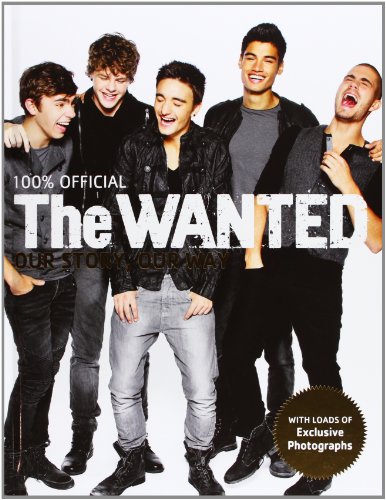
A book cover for The Wanted: 100% Official: Our Story, Our Way; The Wanted; Teen & Young Adult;